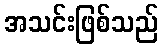
အသင်းဖြစ်သည်